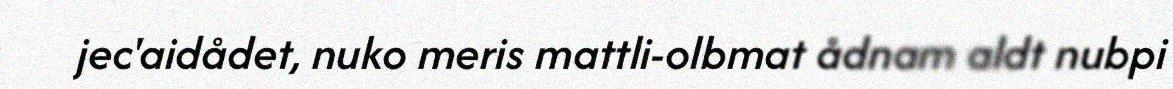
jec'aidådet, nuko meris mattli-olbmat ådnam aldt nubpi